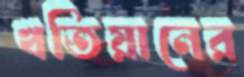
খতিয়ানের